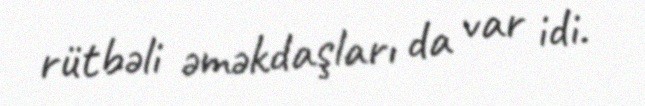
rütbəli əməkdaşları da var idi.